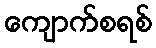
ကျောက်စရစ်